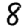
Digit: 8